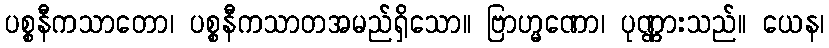
ပစ္စနီကသာတော၊ ပစ္စနီကသာတအမည်ရှိသော။ ဗြာဟ္မဏော၊ ပုဏ္ဏားသည်။ ယေန၊